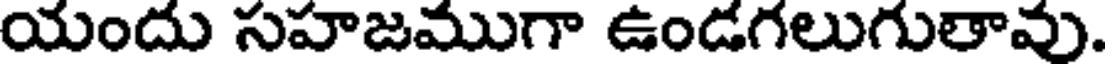
యందు సహజముగా ఉండగలుగుతావు.